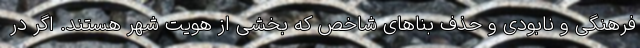
فرهنگی و نابودی و حذف بناهای شاخص که بخشی از هویت شهر هستند. اگر در